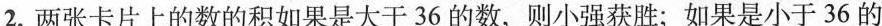
2.两张卡片上的数的积如果是大于36的数，则小强获胜；如果是小于36的